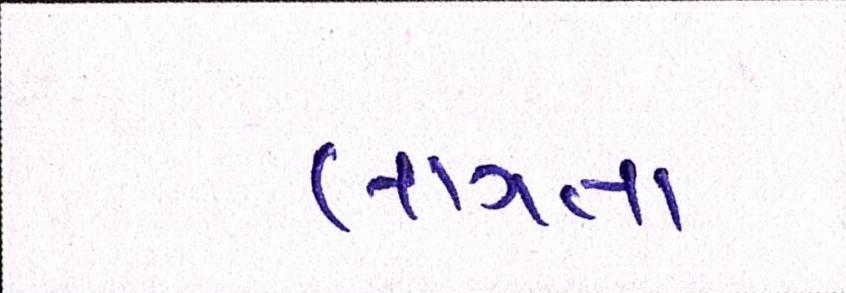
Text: લાગતાં